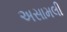
અસામલી